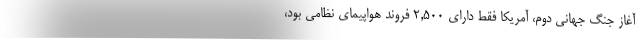
آغاز جنگ جهانی دوم، آمریکا فقط دارای 2,500 فروند هواپیمای نظامی بود،